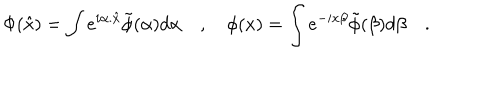
\Phi ( \hat { x } ) = \int e ^ { i \alpha . \hat { x } } \tilde { \phi } ( \alpha ) d \alpha \quad , \quad \phi ( x ) = \int e ^ { - i x \beta } \tilde { \phi } ( \beta ) d \beta \quad .